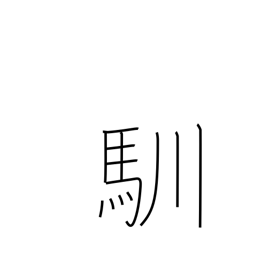
Meaning: get used to